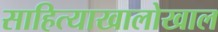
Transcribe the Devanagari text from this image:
साहित्याखालोखाल